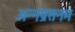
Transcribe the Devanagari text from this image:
अन्नप्रसनम